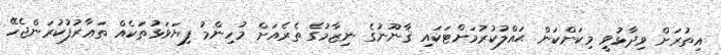
އިތުރަށް ވިދާޅުވީ މިކަންކަން ޙައްލުކުރުމަށްޓަކައި ޤާނޫނުގެ ނިޒާމުގެ ތެރެއަށް މުހިންމު ފިޔަވަޅުތަކެއް ތަޢާރުފުކުރަންޖެހޭ